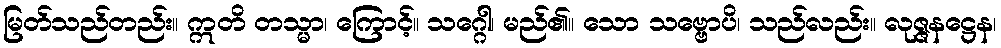
မြတ်သည်တည်း။ ဣတိ တသ္မာ၊ ကြောင့်။ သဂ္ဂေါ၊ မည်၏။ သော သဗ္ဗောပိ၊ သည်လည်း။ လုဇ္ဇနဋ္ဌေန၊